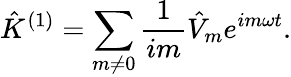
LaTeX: \hat{K}^{(1)}=\sum_{m\neq 0}\frac{1}{im}\hat{V}_{m}e^{im\omega t}.